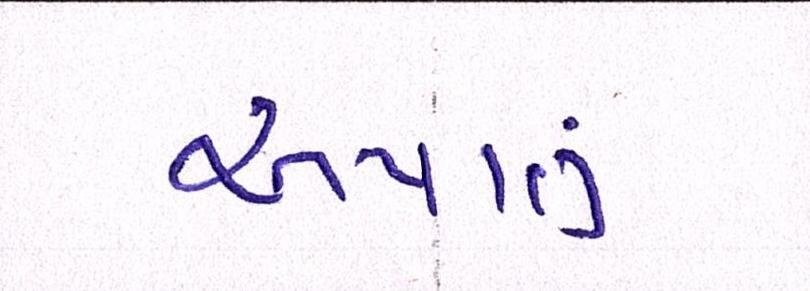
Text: અપાતું